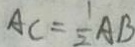
A C = \frac { 1 } { 2 } A B